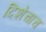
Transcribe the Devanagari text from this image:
दिशेचाच